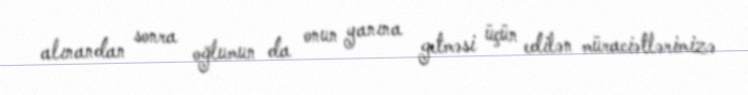
alınandan sonra oğlumun da onun yanına getməsi üçün edilən müraciətlərimizə